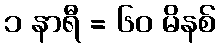
၁ နာရီ = ၆၀ မိနစ်